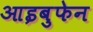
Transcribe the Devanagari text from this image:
आइबुफेन